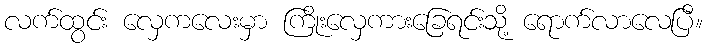
လက်ထွင်း လှေကလေးမှာ ကြိုးလှေကားခြေရင်းသို့ ရောက်လာလေပြီ။